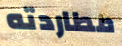
مطاردته